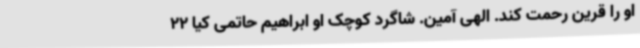
او را قرین رحمت کند. الهی آمین. شاگرد کوچک او ابراهیم حاتمی کیا 22